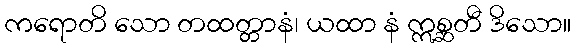
ကရောတိ သော တထတ္တာနံ၊ ယထာ နံ ဣစ္ဆတီ ဒိသော။